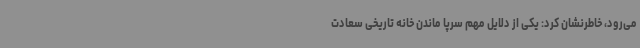
می‌رود، خاطرنشان کرد: یکی از دلایل مهم سرپا ماندن خانه تاریخی سعادت